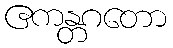
ဧကန္တဂတော